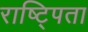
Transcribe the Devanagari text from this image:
राष्ट्पिता